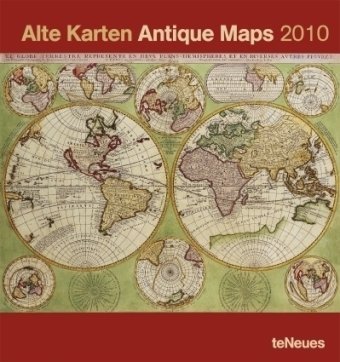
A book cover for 2010 Antique Maps Poster Calendar; Calendars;